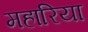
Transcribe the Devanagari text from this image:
महारिया